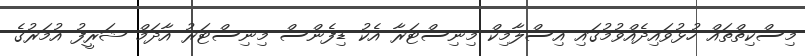
މިސްކިތްތައް ހުޅުވައިދެއްވުމުގައި އިސްލާމިކް މިނިސްޓަރާ އެކު ޑިފެންސް މިނިސްޓަރު އާދަމް ޝަރީފު އުމަރުގެ